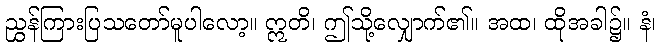
ညွှန်ကြားပြသတော်မူပါလော့။ ဣတိ၊ ဤသို့လျှောက်၏။ အထ၊ ထိုအခါ၌။ နံ၊